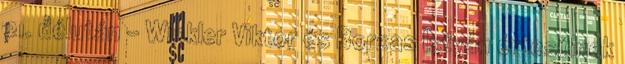
21. délután – Winkler Viktor és Borzas István értesülnek